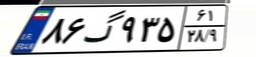
۸۶گ۹۳۵۶۱